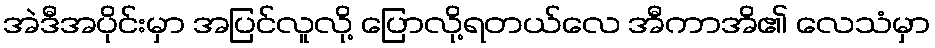
အဲဒီအပိုင်းမှာ အပြင်လူလို့ ပြောလို့ရတယ်လေ အီကာအိ၏ လေသံမှာ